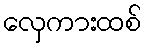
လှေကားထစ်